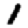
Digit: 1